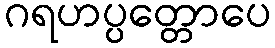
ဂရဟပ္ပတ္တောပေ